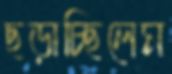
ছড়াচ্ছিলেম